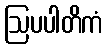
ဩပပါတိကံ